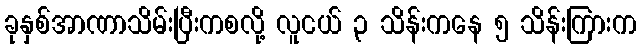
ခုနှစ်အာဏာသိမ်းပြီးကစလို့ လူငယ် ၃ သိန်းကနေ ၅ သိန်းကြားက